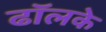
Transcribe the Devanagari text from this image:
ढॉलके